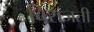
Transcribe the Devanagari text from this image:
बिराजती